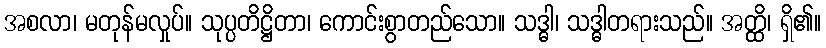
အစလာ၊ မတုန်မလှုပ်။ သုပ္ပတိဋ္ဌိတာ၊ ကောင်းစွာတည်သော။ သဒ္ဓါ၊ သဒ္ဓါတရားသည်။ အတ္ထိ၊ ရှိ၏။